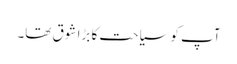
آپ کو سیاحت کا بڑا شوق تھا۔